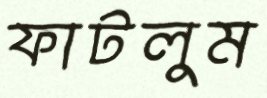
ফাটলুম